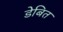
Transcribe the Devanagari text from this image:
डेबित